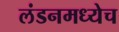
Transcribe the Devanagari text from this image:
लंडनमध्येच